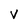
Character: v